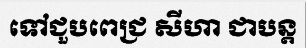
ទៅជួបពេជ្រ សីហា ជាបន្ត